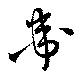
衞